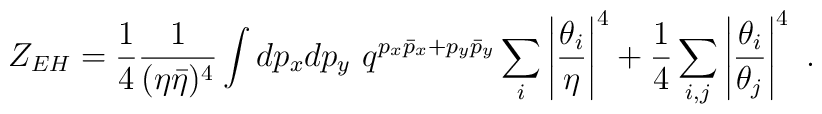
Z_{EH} = {1\over 4}{1\over (\eta\bar\eta)^4}\int dp_xdp_y \,\,q^{p_x\bar p_x + p_y\bar p_y}\sum_i\left|{\theta_i\over \eta}\right|^4 + {1\over 4}\sum_{i,j}\left|{\theta_i\over\theta_j}\right|^4\,\, .